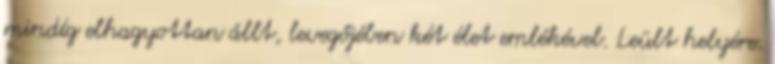
mindíg elhagyottan állt, levegőjében két élet emlékével. Leült helyére.